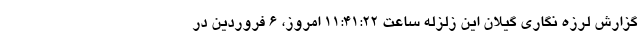
گزارش لرزه نگاری گیلان این زلزله ساعت ۱۱:۴۱:۲۲ امروز، ۶ فروردین در